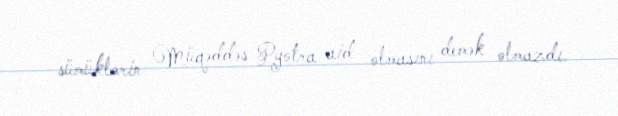
sümüklərin Müqəddəs Pyotra aid olmasını demək olmazdı.